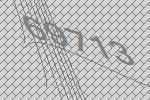
69713